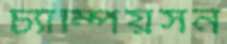
চ্যাম্পিয়সন